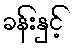
ခန်းနှင့်